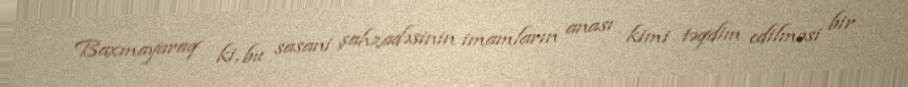
Baxmayaraq ki, bu sasani şahzadəsinin imamların anası kimi təqdim edilməsi bir